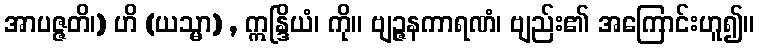
အာပဇ္ဇတိ၊) ဟိ (ယသ္မာ) , ဣန္ဒြိယံ၊ ကို။ ဗျဉ္ဇနကာရဏံ၊ ဗျည်း၏ အကြောင်းဟူ၍။